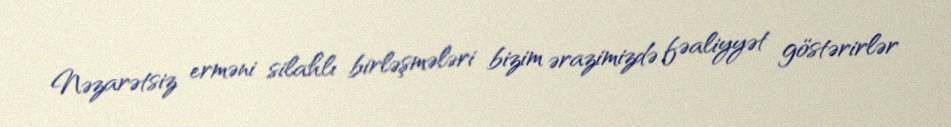
Nəzarətsiz erməni silahlı birləşmələri bizim ərazimizdə fəaliyyət göstərirlər